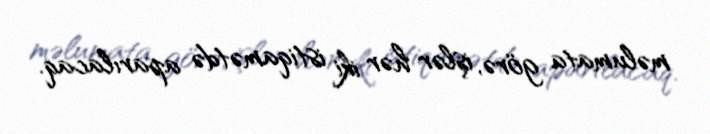
məlumata görə, işlər hər iki istiqamətdə aparılacaq.